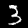
Label: 3